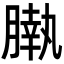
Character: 𣎖